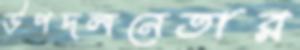
উপদলনেতার